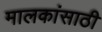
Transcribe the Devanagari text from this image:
मालकांसाठी